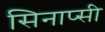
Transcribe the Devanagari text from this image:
सिनाप्सी